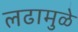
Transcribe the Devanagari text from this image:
लढामुळे